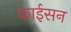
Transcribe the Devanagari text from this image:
काईसन